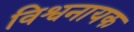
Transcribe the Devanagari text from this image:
विश्वनायक